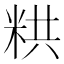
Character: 粠